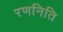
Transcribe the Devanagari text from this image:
रणनिति